Leaving Certificate Examination, 1923
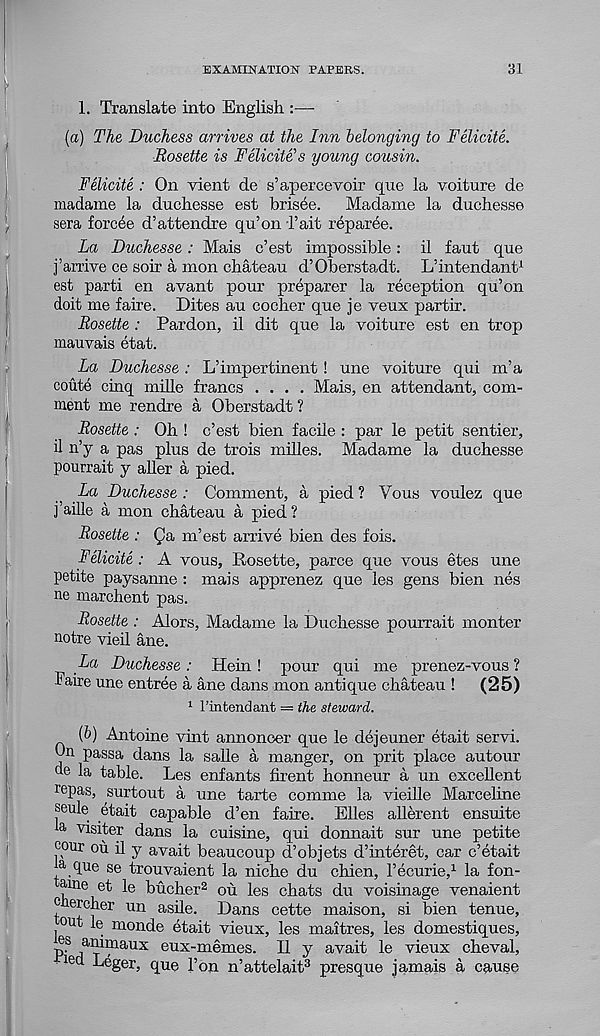
EXAMINATION PAPERS.
31
1. Translate into English :—
(a) The Duchess arrives at the Inn belonging to Felicite.
Rosette is Felicite’s young cousin.
Felicite : On vient de s’apercevoir quo la voiture de
madame la duchesse est brisee.
Madame la duchesse
sera forcde d’attendre qu’on Tait reparee.
La Duchesse: Mais c’est impossible: il faut quo
f arrive ce soir a mon chateau d’Oberstadt. L’intendant 1
est parti en avant pour preparer la reception qu’on
doit me faire. Dites au cocher que je veux partir.
Rosette : Pardon, il dit que la voiture est en trop
mauvais etat.
La Duchesse: L’impertinent ! une voiture qui m’a
coute cinq mille francs .... Mais, en attendant, com-
ment me rendre a Oberstadt ?
Rosette : Oh ! e’est bien facile : par le petit sentier,
il n’y a pas plus de trois milles. Madame la duchesse
pourrait y aller a pied.
La Duchesse: Comment, a pied? Vous voulez que
faille a mon chateau a pied?
Rosette : (fa m’est arrive bien des fois.
Felicits : A vous. Rosette, parce que vous etes une
petite paysanne : mais apprenez que les gens bien nes
ne marchent pas.
Rosette : Alors, Madame la Duchesse pourrait monter
notre vieil ane.
La Duchesse : Hein ! pour qui me prenez-vous ?
Taire une entree a ane dans mon antique chateau !
(25)
1 rintendant = the steward.
(b) Antoine vmt annonoer que le dejeuner etait servi.
On passa dans la salle a manger, on prit place autour
de la table. Les enfants firent honneur a un excellent
re Pas, surtout a une tarte comme la vieille Marceline
seule etait capable d’en faire. Elies allerent ensuite
a ^siter dans la cuisine, qui donnait sur une petite
cour ou il y avait beaucoup d’objets d’interet, car c’etait
a que se trouvaient la niche du chien, Femme, 1 la fon-
due et le bucher 2 ou les chats du voisinage venaient
c ercher un asile. Dans cette maison, si bien tenue,
out le monde etait vieux, les maitres, les domestiques,
P' S
rl
ai^flaux eux-memes. H y avait le vieux cheval,
md Leger, que Ton n’attelait 3 presque jamais a cause